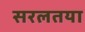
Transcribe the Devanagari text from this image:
सरलतया